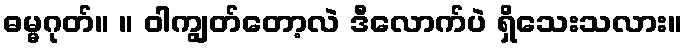
ဓမ္မဂုတ်။ ။ ဝါကျွတ်တော့လဲ ဒီလောက်ပဲ ရှိသေးသလား။